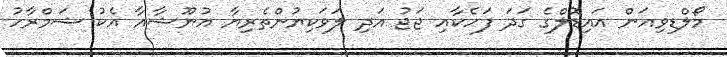
މޯލްޑިވިއަން އައިޑޮލްގެ ގަދަ ފަހެކާއި ޖަޖު އަދި ލަވަކިޔުންތެރިޔާ އުނޫޝާއާ އެކު ޝަމްރާހު